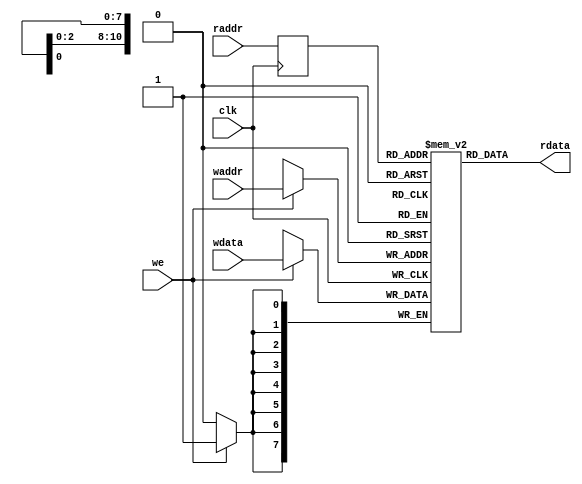
module ram_rw(clk,waddr,wdata,we,raddr,rdata);
  parameter WDATA = 8;
  parameter WADDR = 11;
  input clk;
  input [(WADDR-1):0] waddr;
  input [(WDATA-1):0] wdata;
  input we;
  input [(WADDR-1):0] raddr;
  output [(WDATA-1):0] rdata;
  reg [(WDATA-1):0] mem[0:((1<<WADDR)-1)];
  reg [(WADDR-1):0] qraddr;
  always @(posedge clk) begin
    qraddr <= #1 raddr;
    if (we)
      mem[waddr] <= #1 wdata;
  end
  assign rdata = mem[qraddr];
endmodule